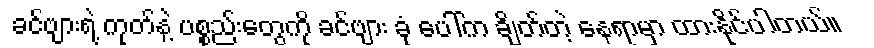
ခင်ဗျားရဲ့ ကုတ်နဲ့ ပစ္စည်းတွေကို ခင်ဗျား ခုံ ပေါ်က ချိတ်တဲ့ နေရာမှာ ထားနိုင်ပါတယ်။